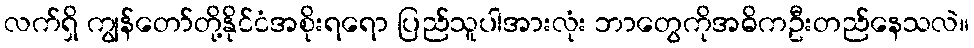
လက်ရှိ ကျွန်တော်တို့နိုင်ငံအစိုးရရော ပြည်သူပါအားလုံး ဘာတွေကိုအဓိကဦးတည်နေသလဲ။